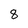
Character: 8